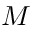
M